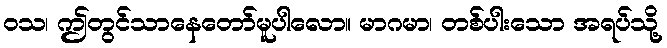
ဝသ၊ ဤတွင်သာနေတော်မူပါလော။ မာဂမာ၊ တစ်ပါးသော အရပ်သို့